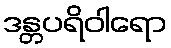
ဒန္တပရိဝါရော